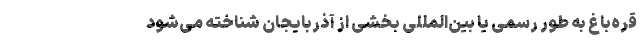
قره‌باغ به طور رسمی یا بین‌المللی بخشی از آذربایجان شناخته می‌شود